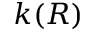
k ( R )